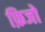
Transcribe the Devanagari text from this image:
फ़िजो